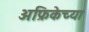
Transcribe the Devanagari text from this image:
अफ्रिकेच्या